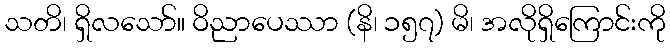
သတိ၊ ရှိလသော်။ ဝိညာပေဿာ (နိ၊ ၁၅၇) မိ၊ အလိုရှိကြောင်းကို